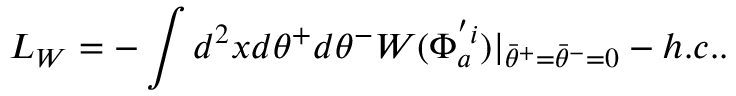
L _ { W } = - \int d ^ { 2 } x d \theta ^ { + } d \theta ^ { - } W ( \Phi _ { a } ^ { ' i } ) | _ { { \bar { \theta } } ^ { + } = { \bar { \theta } } ^ { - } = 0 } - h . c . .